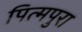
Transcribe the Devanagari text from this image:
पित्मपुरा